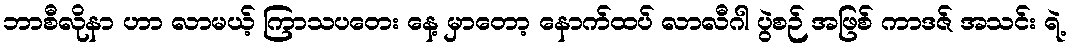
ဘာစီလိုနာ ဟာ လာမယ့် ကြာသပတေး နေ့ မှာတော့ နောက်ထပ် လာလီဂါ ပွဲစဉ် အဖြစ် ကာဒဇ် အသင်း ရဲ့